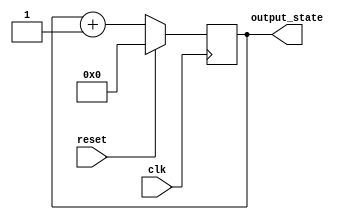
module synchronous_reset (
    input wire clk,          // Clock signal
    input wire reset,        // Synchronous reset signal
    output reg [7:0] output_state // Output state (8-bit for example)
);

// Define the reset value
parameter RESET_VALUE = 8'b00000000;

always @(posedge clk) begin
    if (reset) begin
        // If reset is asserted, set output_state to the reset value
        output_state <= RESET_VALUE;
    end else begin
        // Normal operation: update output_state based on defined logic
        // For example, incrementing the output_state
        output_state <= output_state + 1; // Example logic (can be modified)
    end
end

endmodule